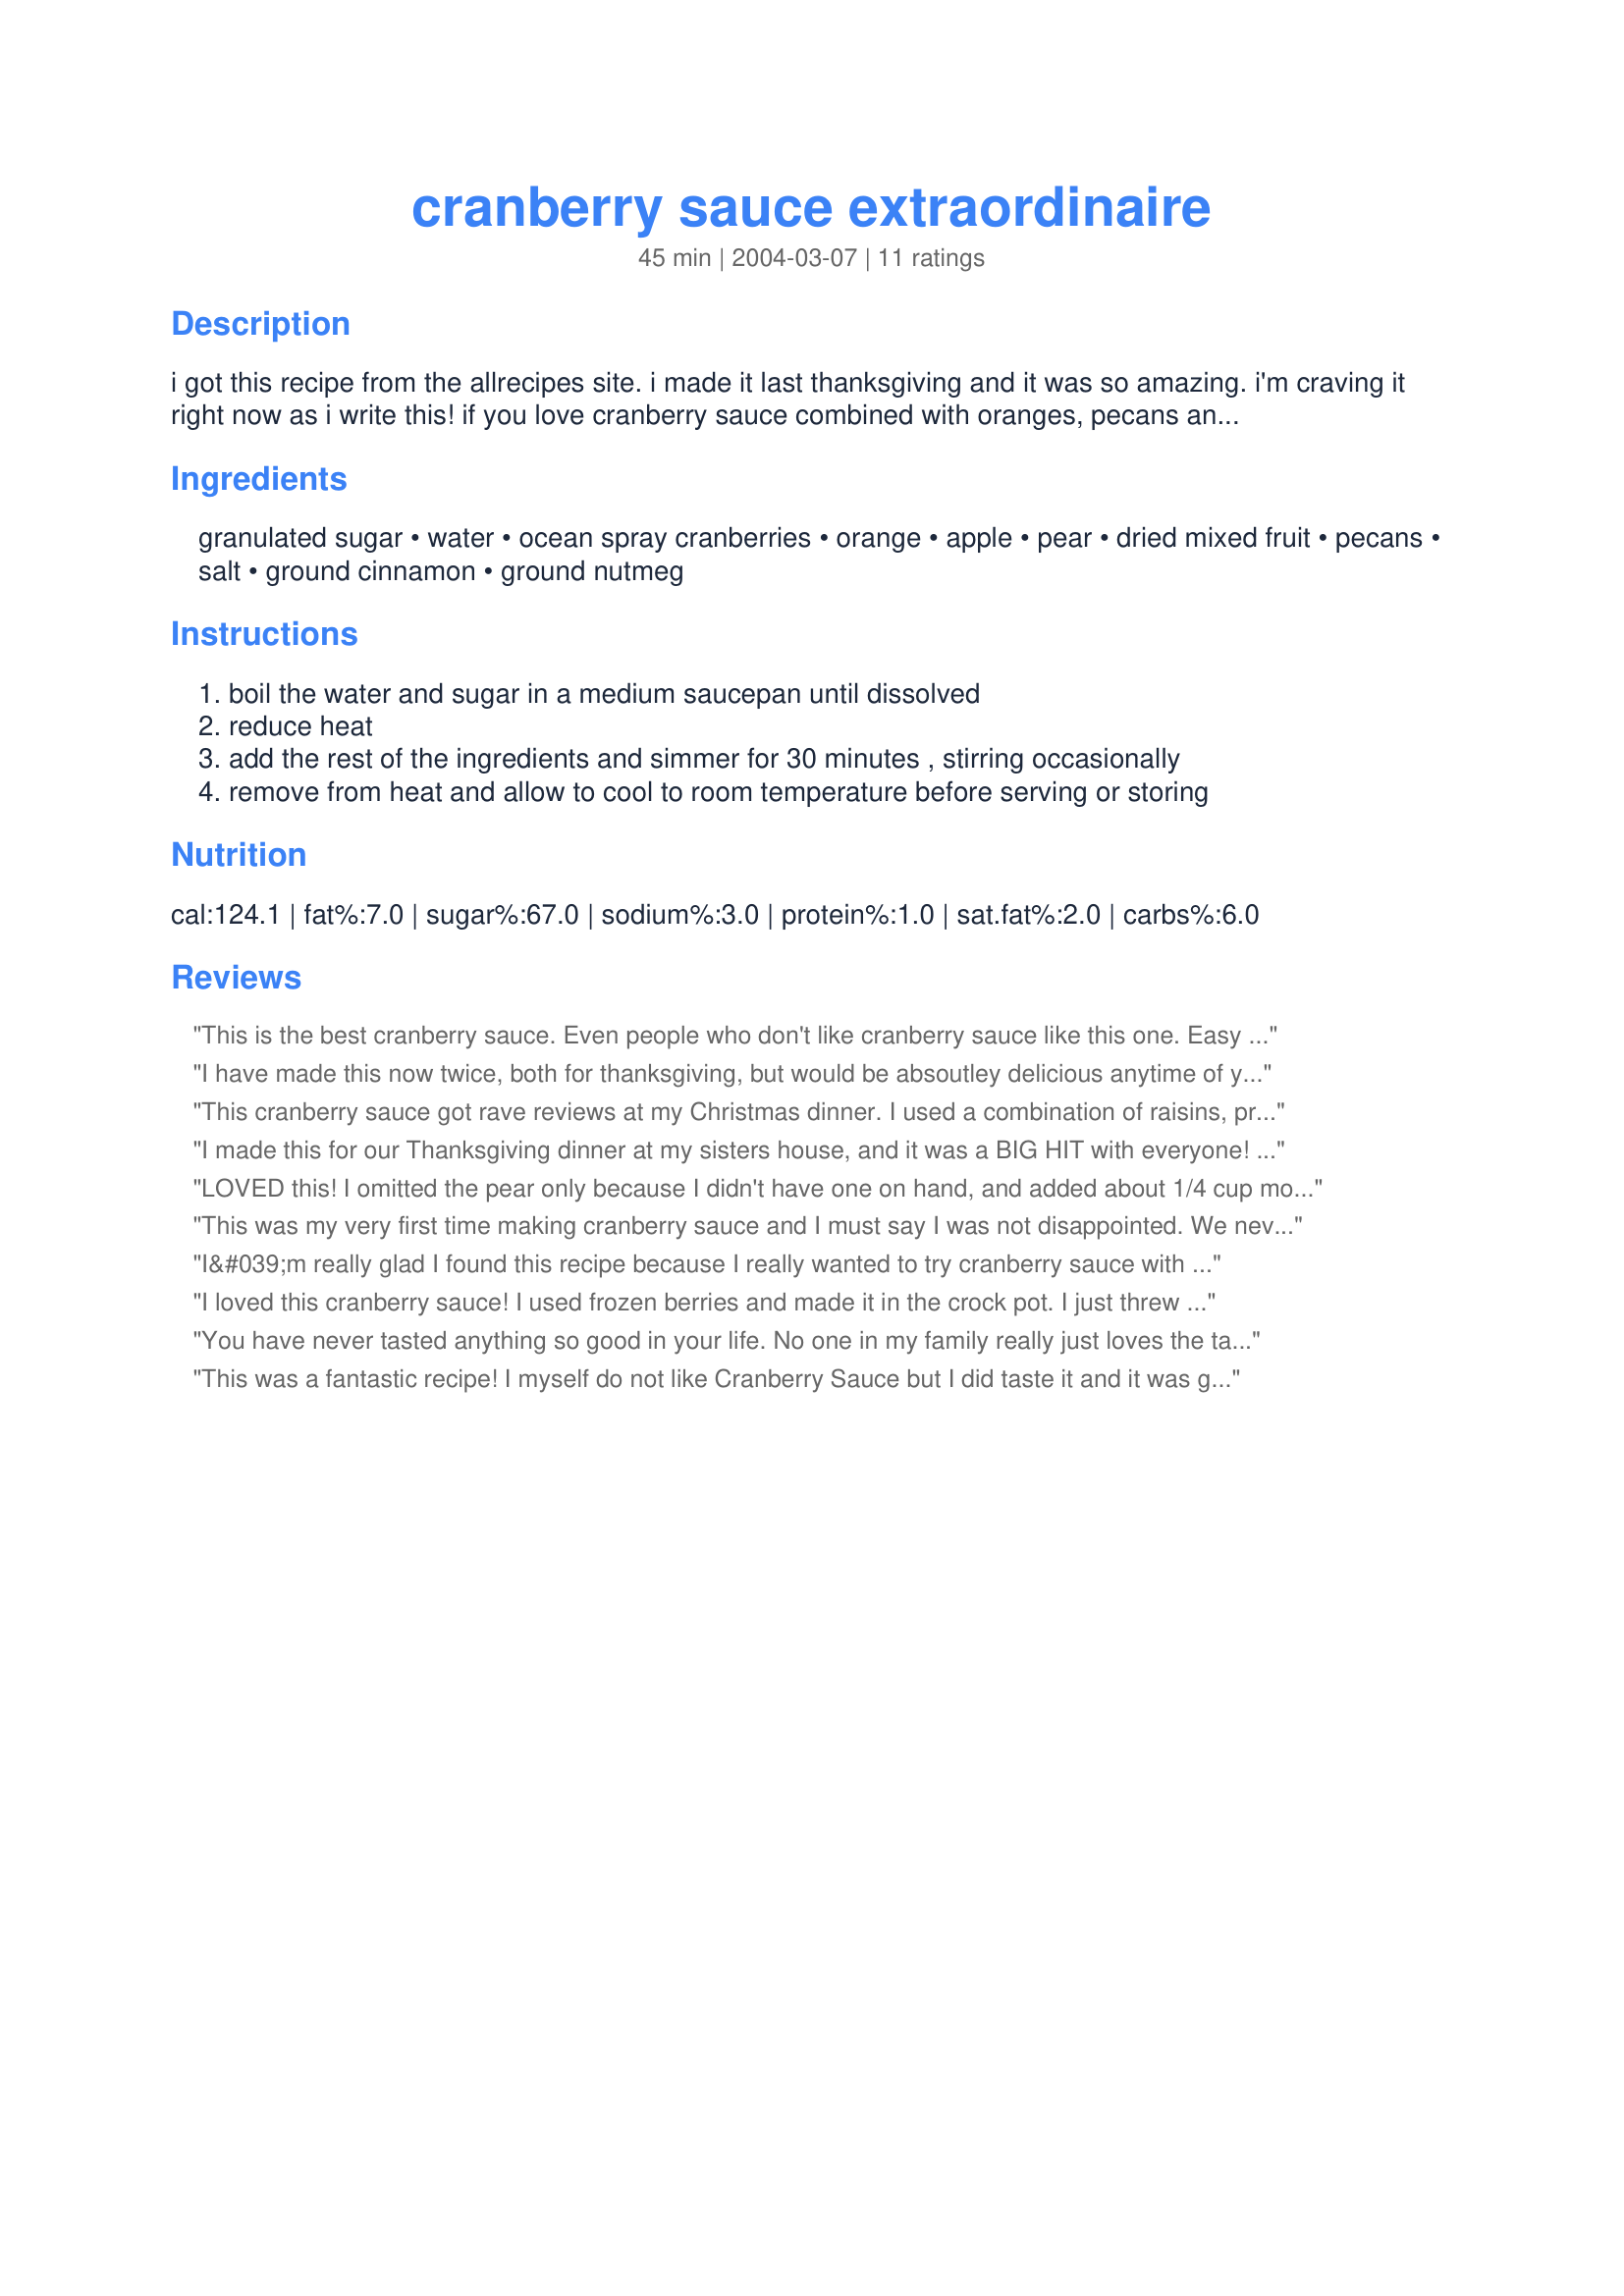
cranberry sauce extraordinaire
Preparation time: 45 minutes

i got this recipe from the allrecipes site. i made it last thanksgiving and it was so amazing. i'm craving it right now as i write this! if you love cranberry sauce combined with oranges, pecans and a variety of other delicious fruits you must try this! it's primo!

Ingredients:
granulated sugar, water, ocean spray cranberries, orange, apple, pear, dried mixed fruit, pecans, salt, ground cinnamon, ground nutmeg

Steps:
boil the water and sugar in a medium saucepan until dissolved
reduce heat
add the rest of the ingredients and simmer for 30 minutes , stirring occasionally
remove from heat and allow to cool to room temperature before serving or storing

Reviews:
This is the best cranberry sauce. Even people who don't like cranberry sauce like this one. Easy to make too.
I have made this now twice, both for thanksgiving, but would be absoutley delicious anytime of year. Didnt use the pecans or dried fruit this time, but didnt miss it a bit. delicious on those turkey sandwiches, and would be great used as jam on toast, etc.
This cranberry sauce got rave reviews at my Christmas dinner. I used a combination of raisins, prunes, cherries, and apricots for my dried fruit. I also added a little orange zest. Only change was to omit the pecans. Thank you!
I made this for our Thanksgiving dinner at my sisters house, and it was a BIG HIT with everyone! I didn't add in the dried mixed fruit. I just added more of the apple, pear and oranges. Will definately be using this recipe again! Thanks so much for this wonderful recipe Harley! Linda
LOVED this! I omitted the pear only because I didn't have one on hand, and added about 1/4 cup more sugar. It was delicious!!! Also makes a great spread for biscuits, and though it may sound strange, I discovered quite by accident that it is really good mixed with dumplings! Thanks for posting this! :)
This was my very first time making cranberry sauce and I must say I was not disappointed. We never had cranberry sauce growing up so I really didn't know what to expect. I absolutely loved it! I didn't have any pears so I left it out and used just raisins for the dried fruit because that too was all I had. I increased the sugar to 1 1/2 cups (after popping a fresh cranberry in my mouth and not knowing how tart they were I decided it could use a little more sugar - LOL).
I&#039;m really glad I found this recipe because I really wanted to try cranberry sauce with lots of fruits added. I made the recipe just as it was written, using dried apricots and dried cherries for the dried fruit. However, I found out all the fruits really overtook the cranberry taste, and it was sweeter than I care for. I&#039;m a cranberry sauce lover, however; I gather several that tried are not, and liked it that way; individual tastes are just that-individual! I want you to know that I solved my problem with it by cooking and adding another bag of cranberries-that got me the taste I wanted! I loved it after that. So, if you like the taste of cranberries, you may want to try fewer fruits or more cranberries in this recipe.
I loved this cranberry sauce! I used frozen berries and made it in the crock pot. I just threw everything in there and cooked it on low for about 3 hours (the berries were frozen.) I didn&#039;t find any ripe pears in the grocery store (I went shopping the day before Thanksgiving so no time for one to ripen) so I used canned pears with no sugar added. I expected it to be too sweet what with the dried fruit, but it wasn&#039;t once it was cold. (It was a bit on the sweet side when warm.) I did add a bit of orange zest (just a bit) and it added a nice bit of tart accent. This makes a fair amount of sauce, so I had a lot left over (with just hubby and I eating it) and will freeze it for future use. It would be great with pork chops or chicken too. I&#039;m putting this in my &quot;keeper&quot; file for future. It was excellent.

Note: I made this again and substituted Framboise Lambec beer for the water. I skipped the pear, because my pears were not yet ripe, and used Xylitol instead of sugar for the sweetener. I used dried apricots, prunes, figs, and raisins for the fruit. I have to admit, this is without a doubt the BEST cranberry sauce I&#039;ve ever eaten.
You have never tasted anything so good in your life. No one in my family really just loves the tartness of cranberries, and every year we kind of politely take some just to "add color" to our plate. This was not the case with this recipe. People were clamoring for seconds. I was afraid it would turn out a little fruit-salad-like, but it really didn't. The color was what I was accustomed to, and the flavor is out of this world without being too sweet. No one knew how I did it, but I have converted the family! We all like our cranberries now!
This was a fantastic recipe! I myself do not like Cranberry Sauce but I did taste it and it was great. I will be making it again next year.
Fantastic! Everyone loved this! I made it with Splenda Sugarblend. I dissolved it in the water and brought it to a boil, then put it all in the crockpot and cooked it on low overnight - the house smelled terrific. I also added a pinch of ginger and allspice, plus some lemon zest. Delicious and easy. Not much left over! The only thing I would do different with the crockpot method is add about 1/4 to 1/2 cup additional water, since it was full cooked in the morning and we did not eat until 1 PM. I also think I might add more cinnamon next time. N
